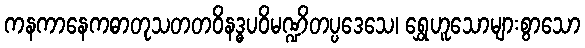
ကနကာနေကဓာတုသတတဝိနဒ္ဓပဝိမဏ္ဍိတပ္ပဒေသေ၊ ရွှေဟူသောများစွာသော